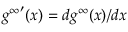
{ g ^ { \infty } } ^ { \prime } ( x ) = d g ^ { \infty } ( x ) / d x